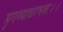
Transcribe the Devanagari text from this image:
मृगव्याधरभसः।।